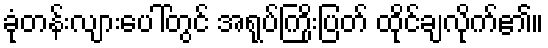
ခုံတန်းလျားပေါ်တွင် အရုပ်ကြိုးပြတ် ထိုင်ချလိုက်၏။